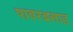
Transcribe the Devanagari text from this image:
पावरबलाड